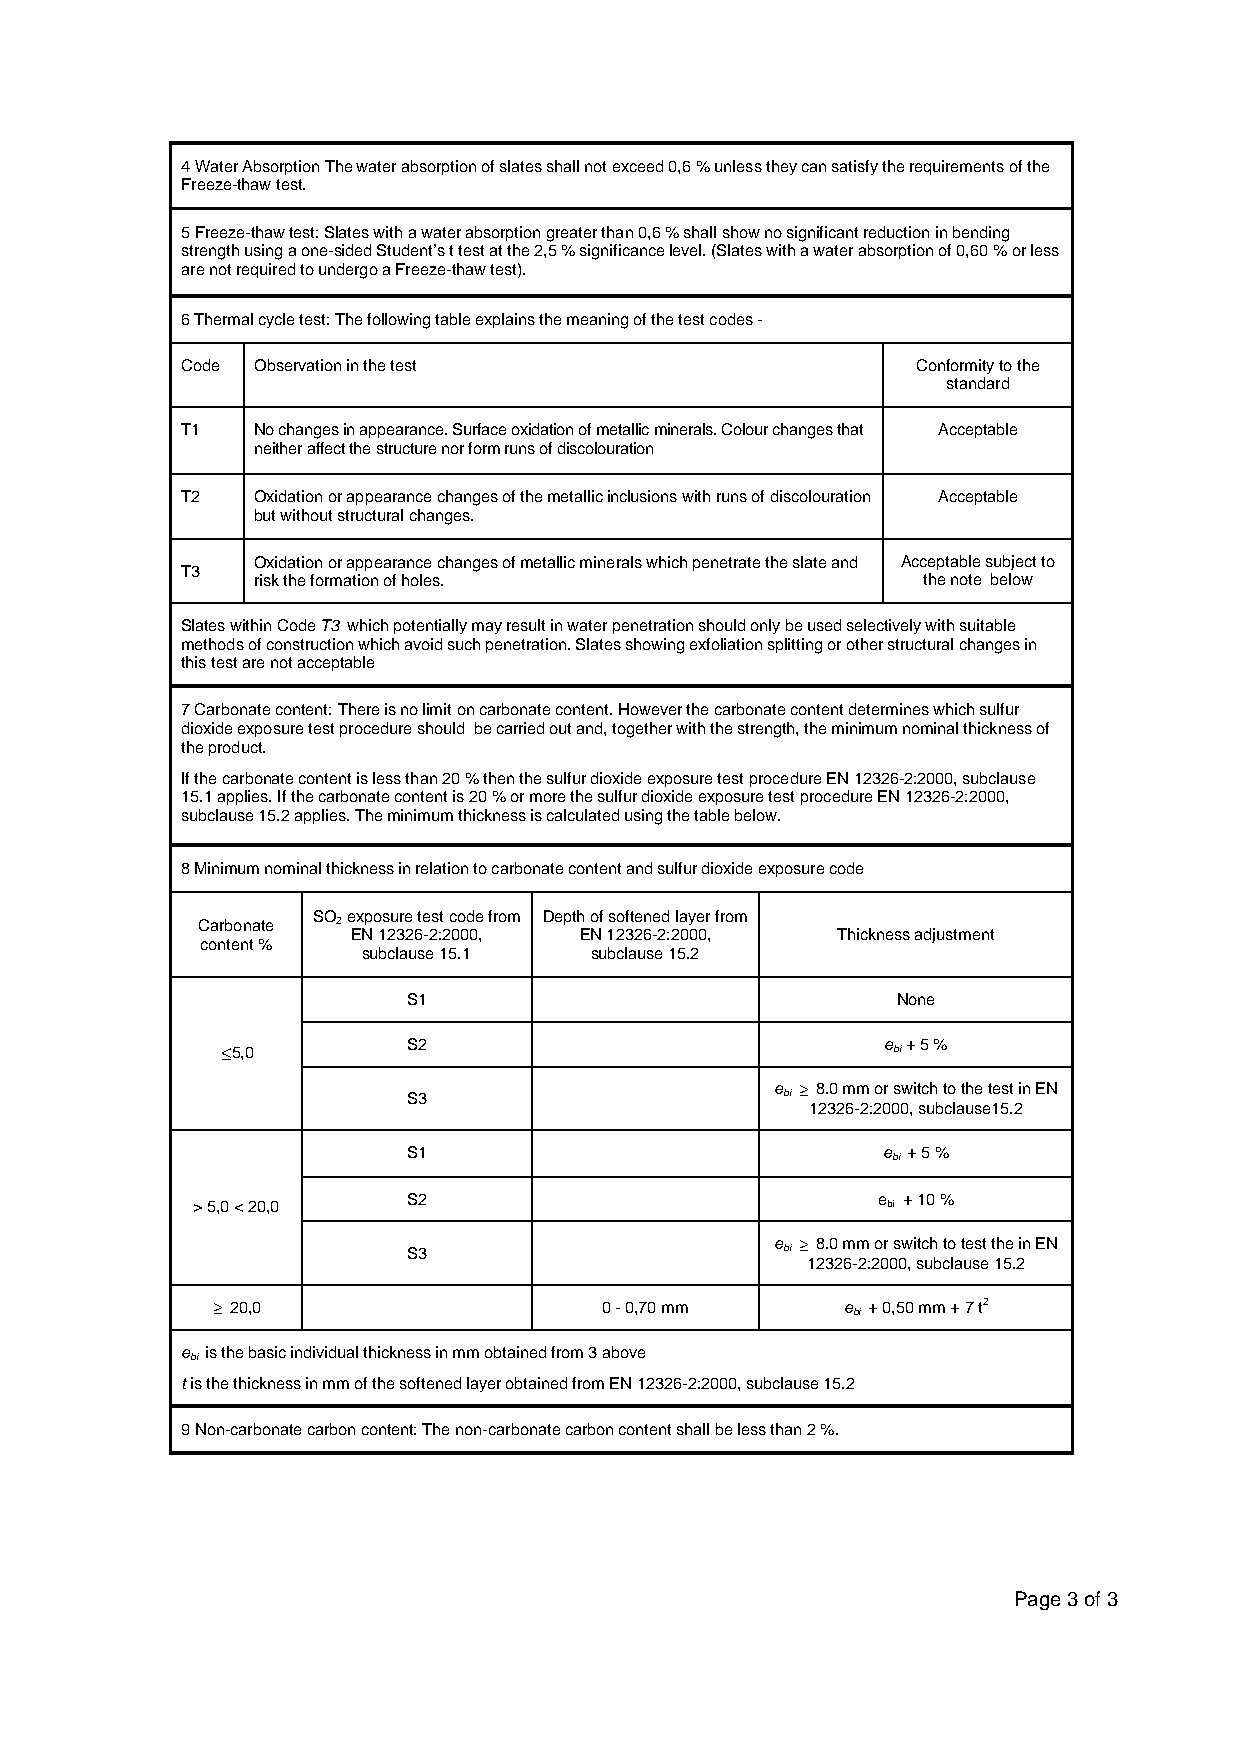
4 Water Absorption The water absorption of slates shall not exceed 0,6 % unless they can satisfy the requirements of the
 Freeze-thaw test.
 5 Freeze-thaw test: Slates with a water absorption greater than 0,6 % shall show no significant reduction in bending
 strength using a one-sided Student’s t test at the 2,5 % significance level. (Slates with a water absorption of 0,60 % or less
 are not required to undergo a Freeze-thaw test).
 6 Thermal cycle test: The following table explains the meaning of the test codes -
 Code Observation in the test                     Conformity to the
 standard
 T1   No changes in appearance. Surface oxidation of metallic minerals. Colour changes that Acceptable
 neither affect the structure nor form runs of discolouration
 T2   Oxidation or appearance changes of the metallic inclusions with runs of discolouration Acceptable
 but without structural changes.
 Oxidation or appearance changes of metallic minerals which penetrate the slate and Acceptable subject to
 T3
 risk the formation of holes.                the note below
 Slates within Code T3 which potentially may result in water penetration should only be used selectively with suitable
 methods of construction which avoid such penetration. Slates showing exfoliation splitting or other structural changes in
 this test are not acceptable
 7 Carbonate content: There is no limit on carbonate content. However the carbonate content determines which sulfur
 dioxide exposure test procedure should be carried out and, together with the strength, the minimum nominal thickness of
 the product.
 If the carbonate content is less than 20 % then the sulfur dioxide exposure test procedure EN 12326-2:2000, subclause
 15.1 applies. If the carbonate content is 20 % or more the sulfur dioxide exposure test procedure EN 12326-2:2000,
 subclause 15.2 applies. The minimum thickness is calculated using the table below.
 8 Minimum nominal thickness in relation to carbonate content and sulfur dioxide exposure code
 SO exposure test code from Depth of softened layer from
 Carbonate 2
 EN 12326-2:2000, EN 12326-2:2000, Thickness adjustment
 content %
 subclause 15.1 subclause 15.2
 S1                              None
 £ 5,0       S2                              e bi + 5 %
 e ‡ 8.0 mm or switch to the test in EN
 S3                       bi
 12326-2:2000, subclause15.2
 S1                             e + 5 %
 bi
 S2                             e + 10 %
 > 5,0 < 20,0                                  bi
 e ‡ 8.0 mm or switch to test the in EN
 S3                       bi
 12326-2:2000, subclause 15.2
 ‡ 20,0                    0 - 0,70 mm     e + 0,50 mm + 7 t2
 bi
 e is the basic individual thickness in mm obtained from 3 above
 bi
 t is the thickness in mm of the softened layer obtained from EN 12326-2:2000, subclause 15.2
 9 Non-carbonate carbon content: The non-carbonate carbon content shall be less than 2 %.
 Page 3 of 3